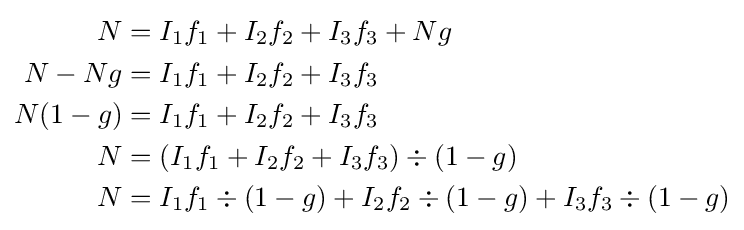
{\begin{aligned}N&=I_{\mathrm {1} }f_{\mathrm {1} }+I_{\mathrm {2} }f_{\mathrm {2} }+I_{\mathrm {3} }f_{\mathrm {3} }+Ng\\N-Ng&=I_{\mathrm {1} }f_{\mathrm {1} }+I_{\mathrm {2} }f_{\mathrm {2} }+I_{\mathrm {3} }f_{\mathrm {3} }\\N(1-g)&=I_{\mathrm {1} }f_{\mathrm {1} }+I_{\mathrm {2} }f_{\mathrm {2} }+I_{\mathrm {3} }f_{\mathrm {3} }\\N&=(I_{\mathrm {1} }f_{\mathrm {1} }+I_{\mathrm {2} }f_{\mathrm {2} }+I_{\mathrm {3} }f_{\mathrm {3} })\div (1-g)\\N&=I_{\mathrm {1} }f_{\mathrm {1} }\div (1-g)+I_{\mathrm {2} }f_{\mathrm {2} }\div (1-g)+I_{\mathrm {3} }f_{\mathrm {3} }\div (1-g)\\\end{aligned}}